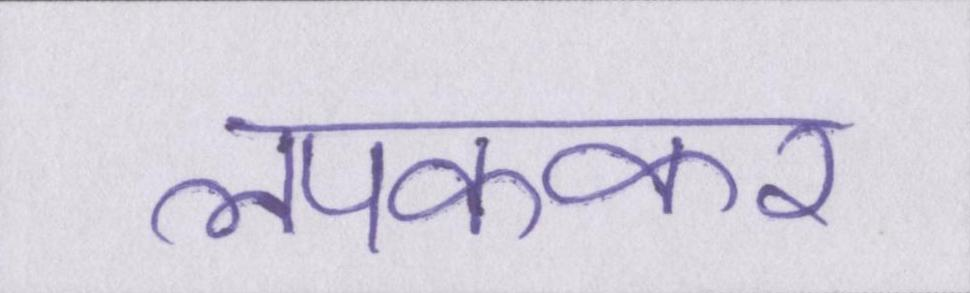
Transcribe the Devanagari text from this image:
लपककर